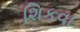
શિકવા